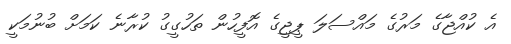
އެ ކުއްޖާގެ މަރުގެ މައްސަލަ ޕީޖީގެ އޮފީހުން ތަހުގީގު ކުރާނެ ކަމަށް ބުނުމަކީ